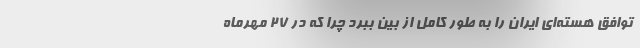
توافق هسته‌ای ایران را به طور کامل از بین ببرد چرا که در ۲۷ مهرماه